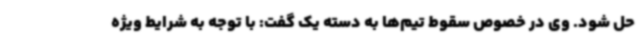
حل شود. وی در خصوص سقوط تیم‌ها به دسته یک گفت: با توجه به شرایط ویژه